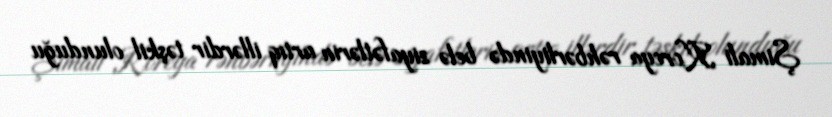
Şimali Koreya rəhbərliyində belə ziyafətlərin artıq illərdir təşkil olunduğu